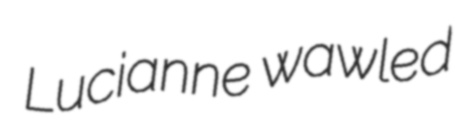
Lucianne wawled